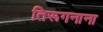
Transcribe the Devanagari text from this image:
तिरूगनाना